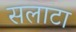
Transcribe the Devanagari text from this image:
सलाटा